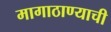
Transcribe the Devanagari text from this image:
मागाठाण्याची